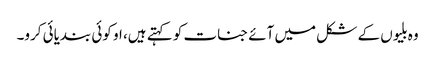
وہ بلیوں کے شکل میں آئے جنات کو کہتے ہیں، او کوئی بندیائی کرو۔